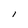
Character: I